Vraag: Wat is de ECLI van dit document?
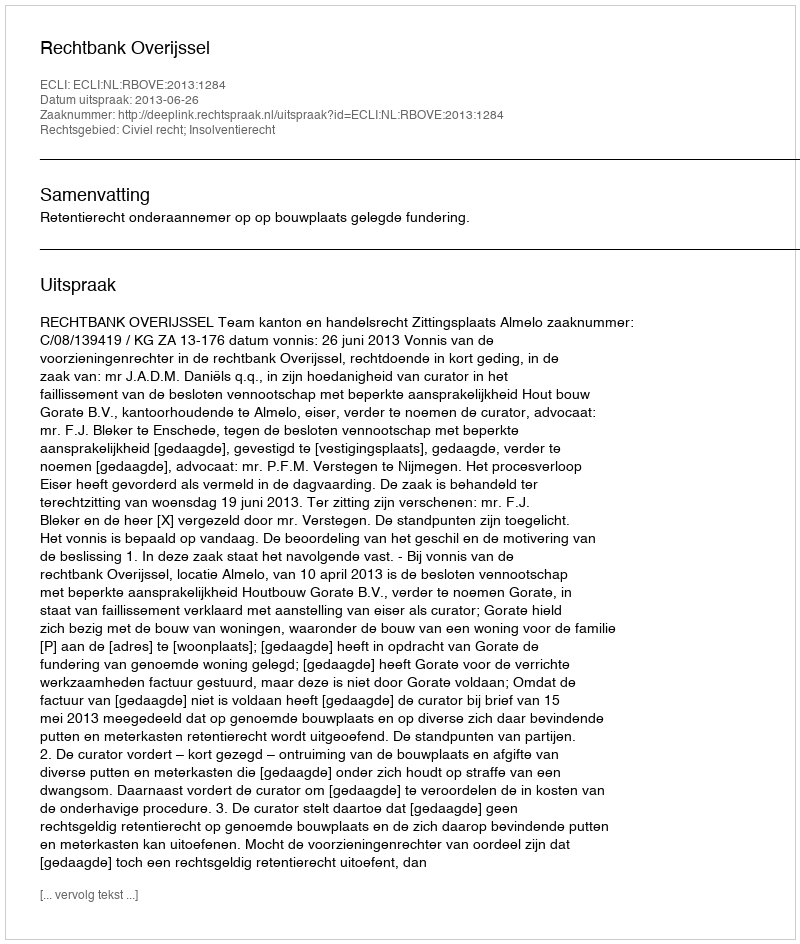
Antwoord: ECLI:NL:RBOVE:2013:1284